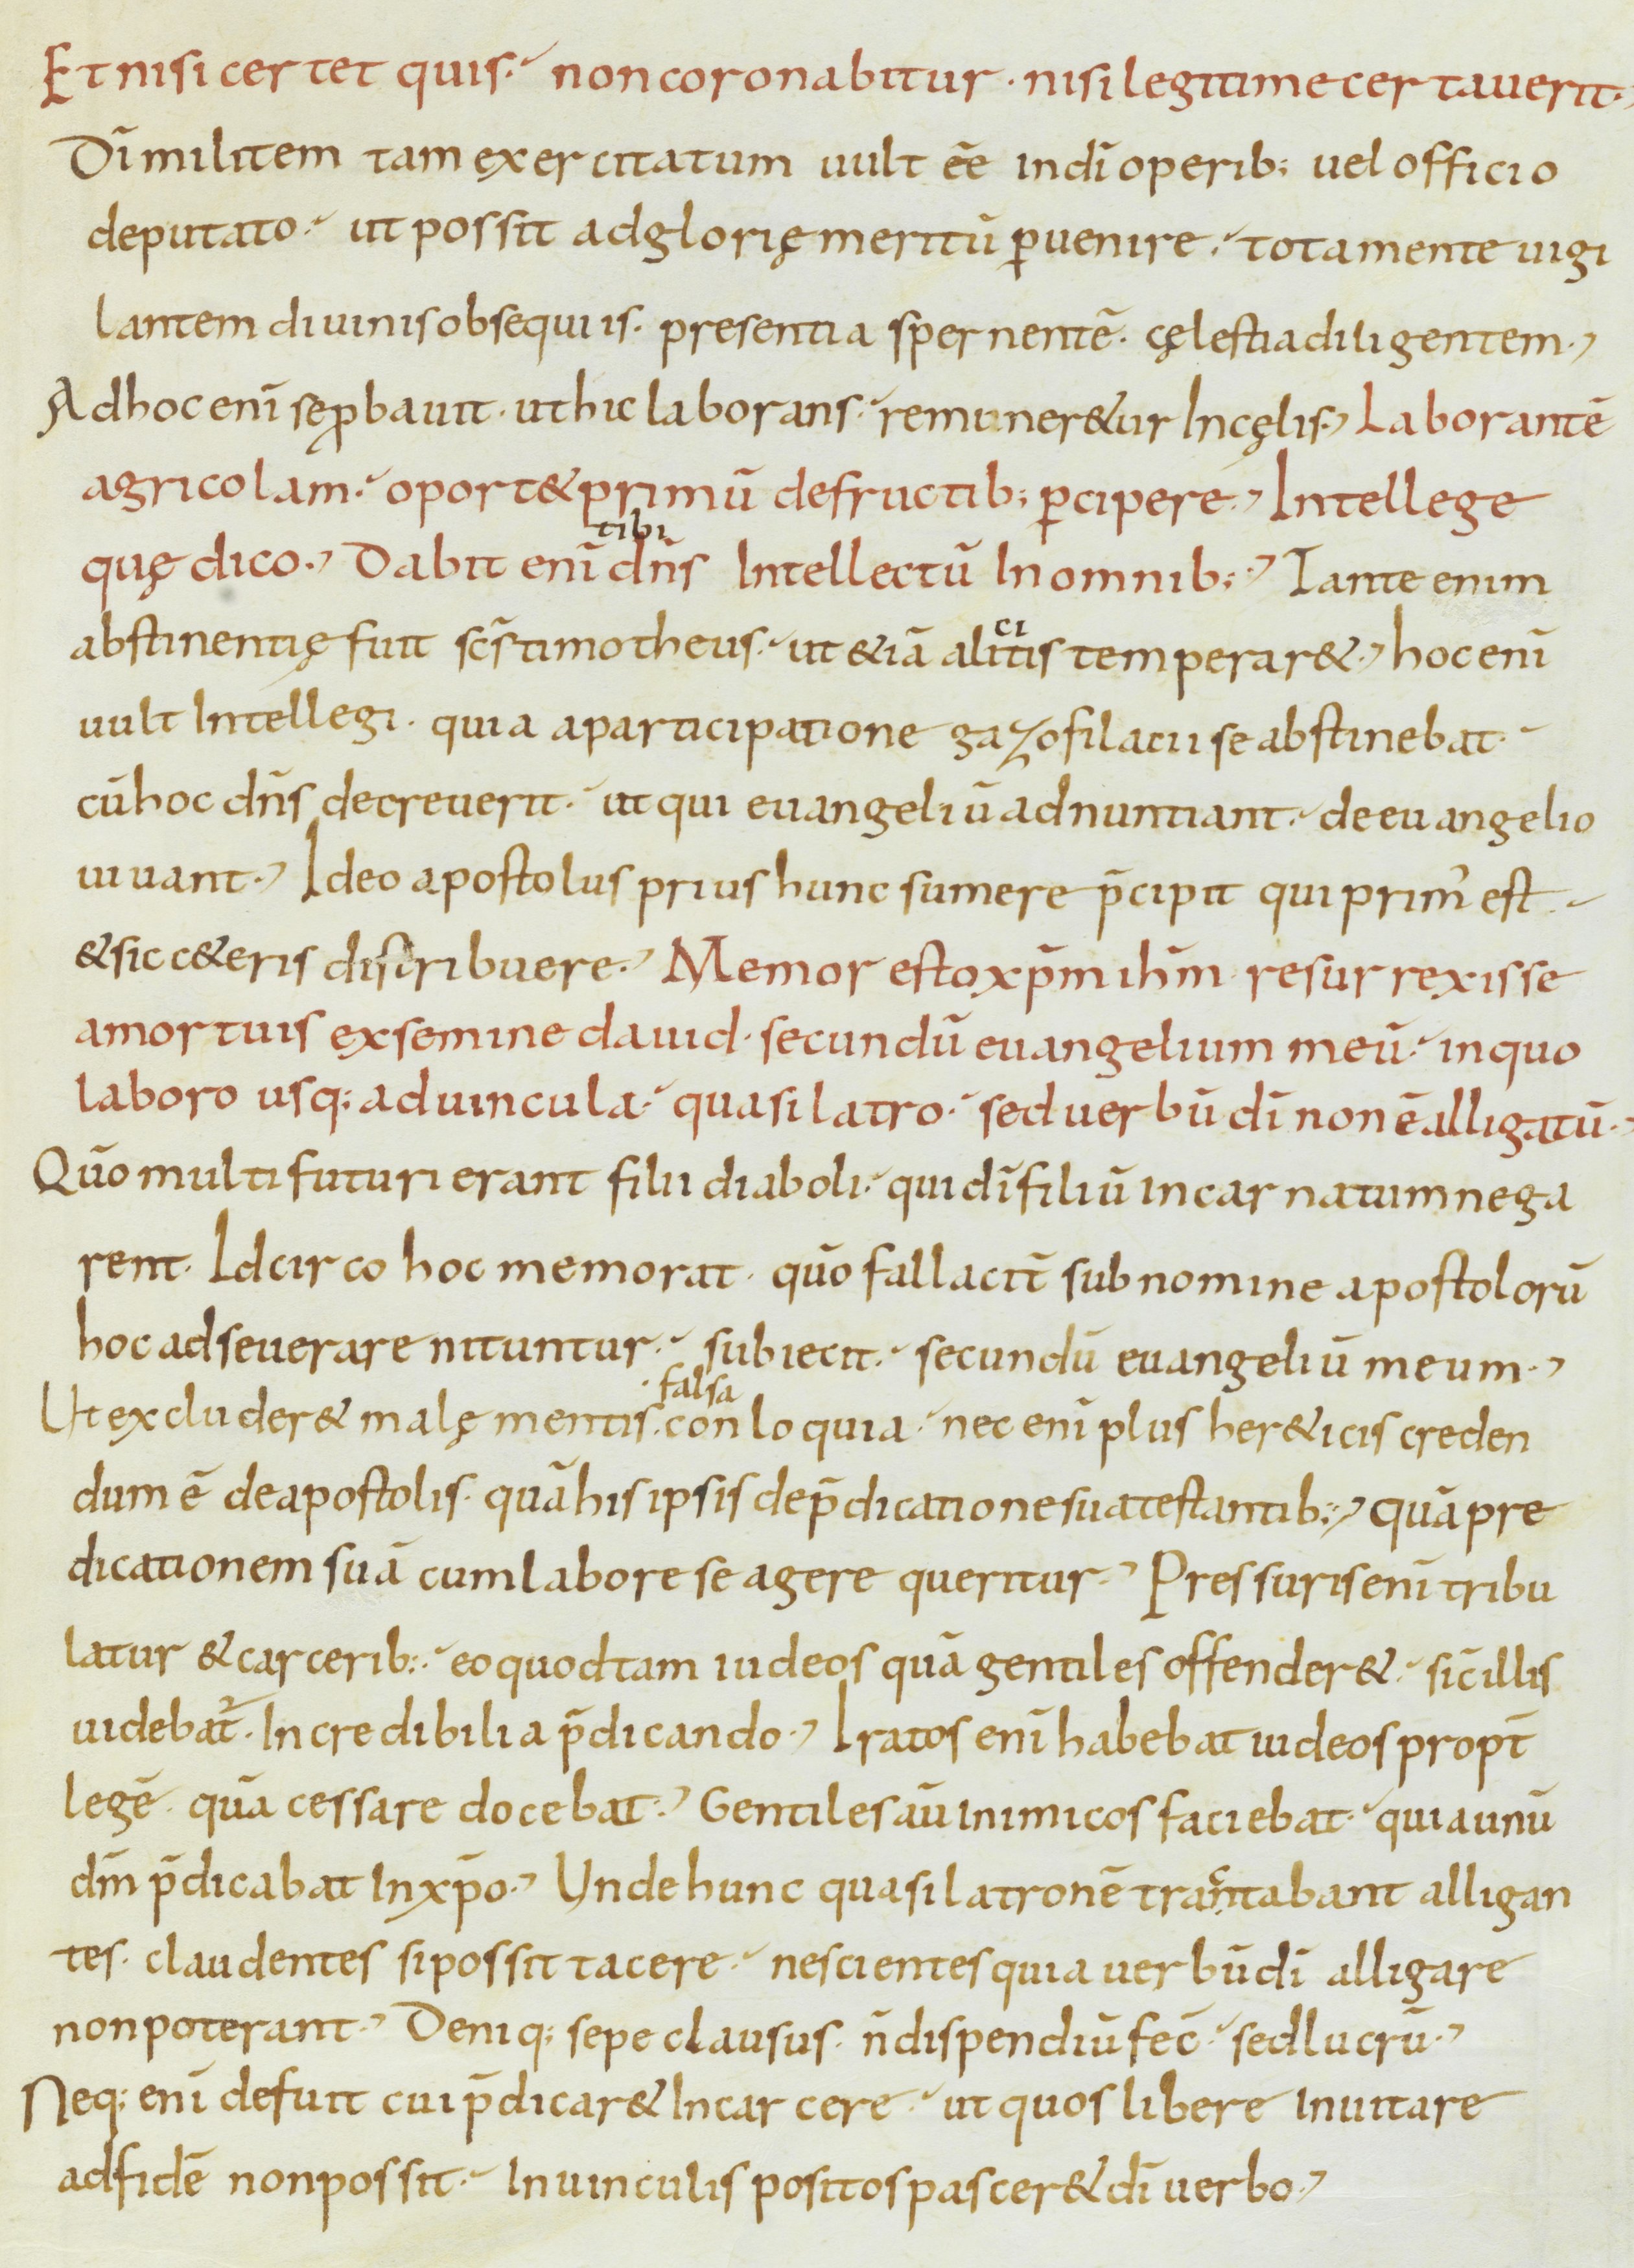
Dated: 800–899